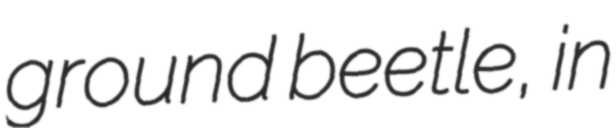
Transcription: ground beetle, in